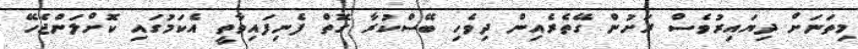
މިތަނަށް ދިޔައިރުވެސް ރަށުން ގޭތެރެއިން ދިވެހި ބޭސްކުރާ ގޮތް ފެނިފައިވާތީ އެކަމުގައި ކޮށްލަންޖެހޭ